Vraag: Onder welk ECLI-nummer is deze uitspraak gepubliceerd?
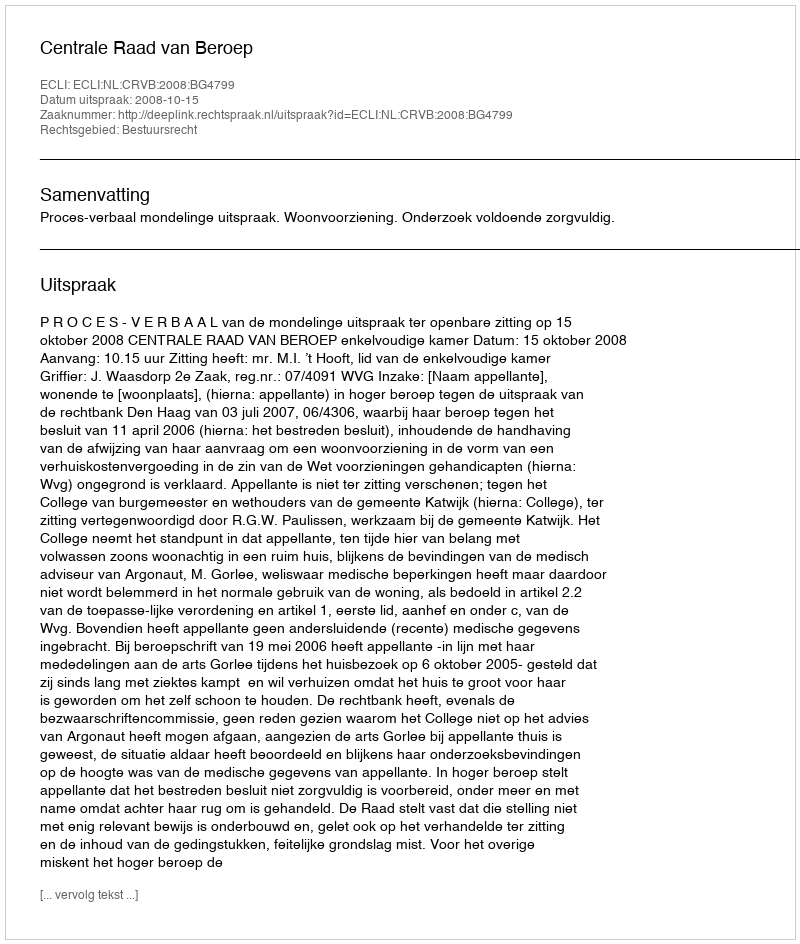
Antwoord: ECLI:NL:CRVB:2008:BG4799